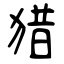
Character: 猎